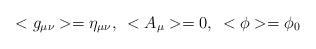
LaTeX: \begin{align*}<g_{ \mu \nu}>=\eta_{ \mu \nu},\,\,\,<A_{\mu}>=0,\,\,\,<\phi>=\phi_0\end{align*}